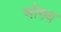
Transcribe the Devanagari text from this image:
भोगव